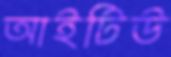
আইটিউ